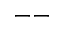
--